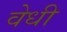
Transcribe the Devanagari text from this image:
वेधी